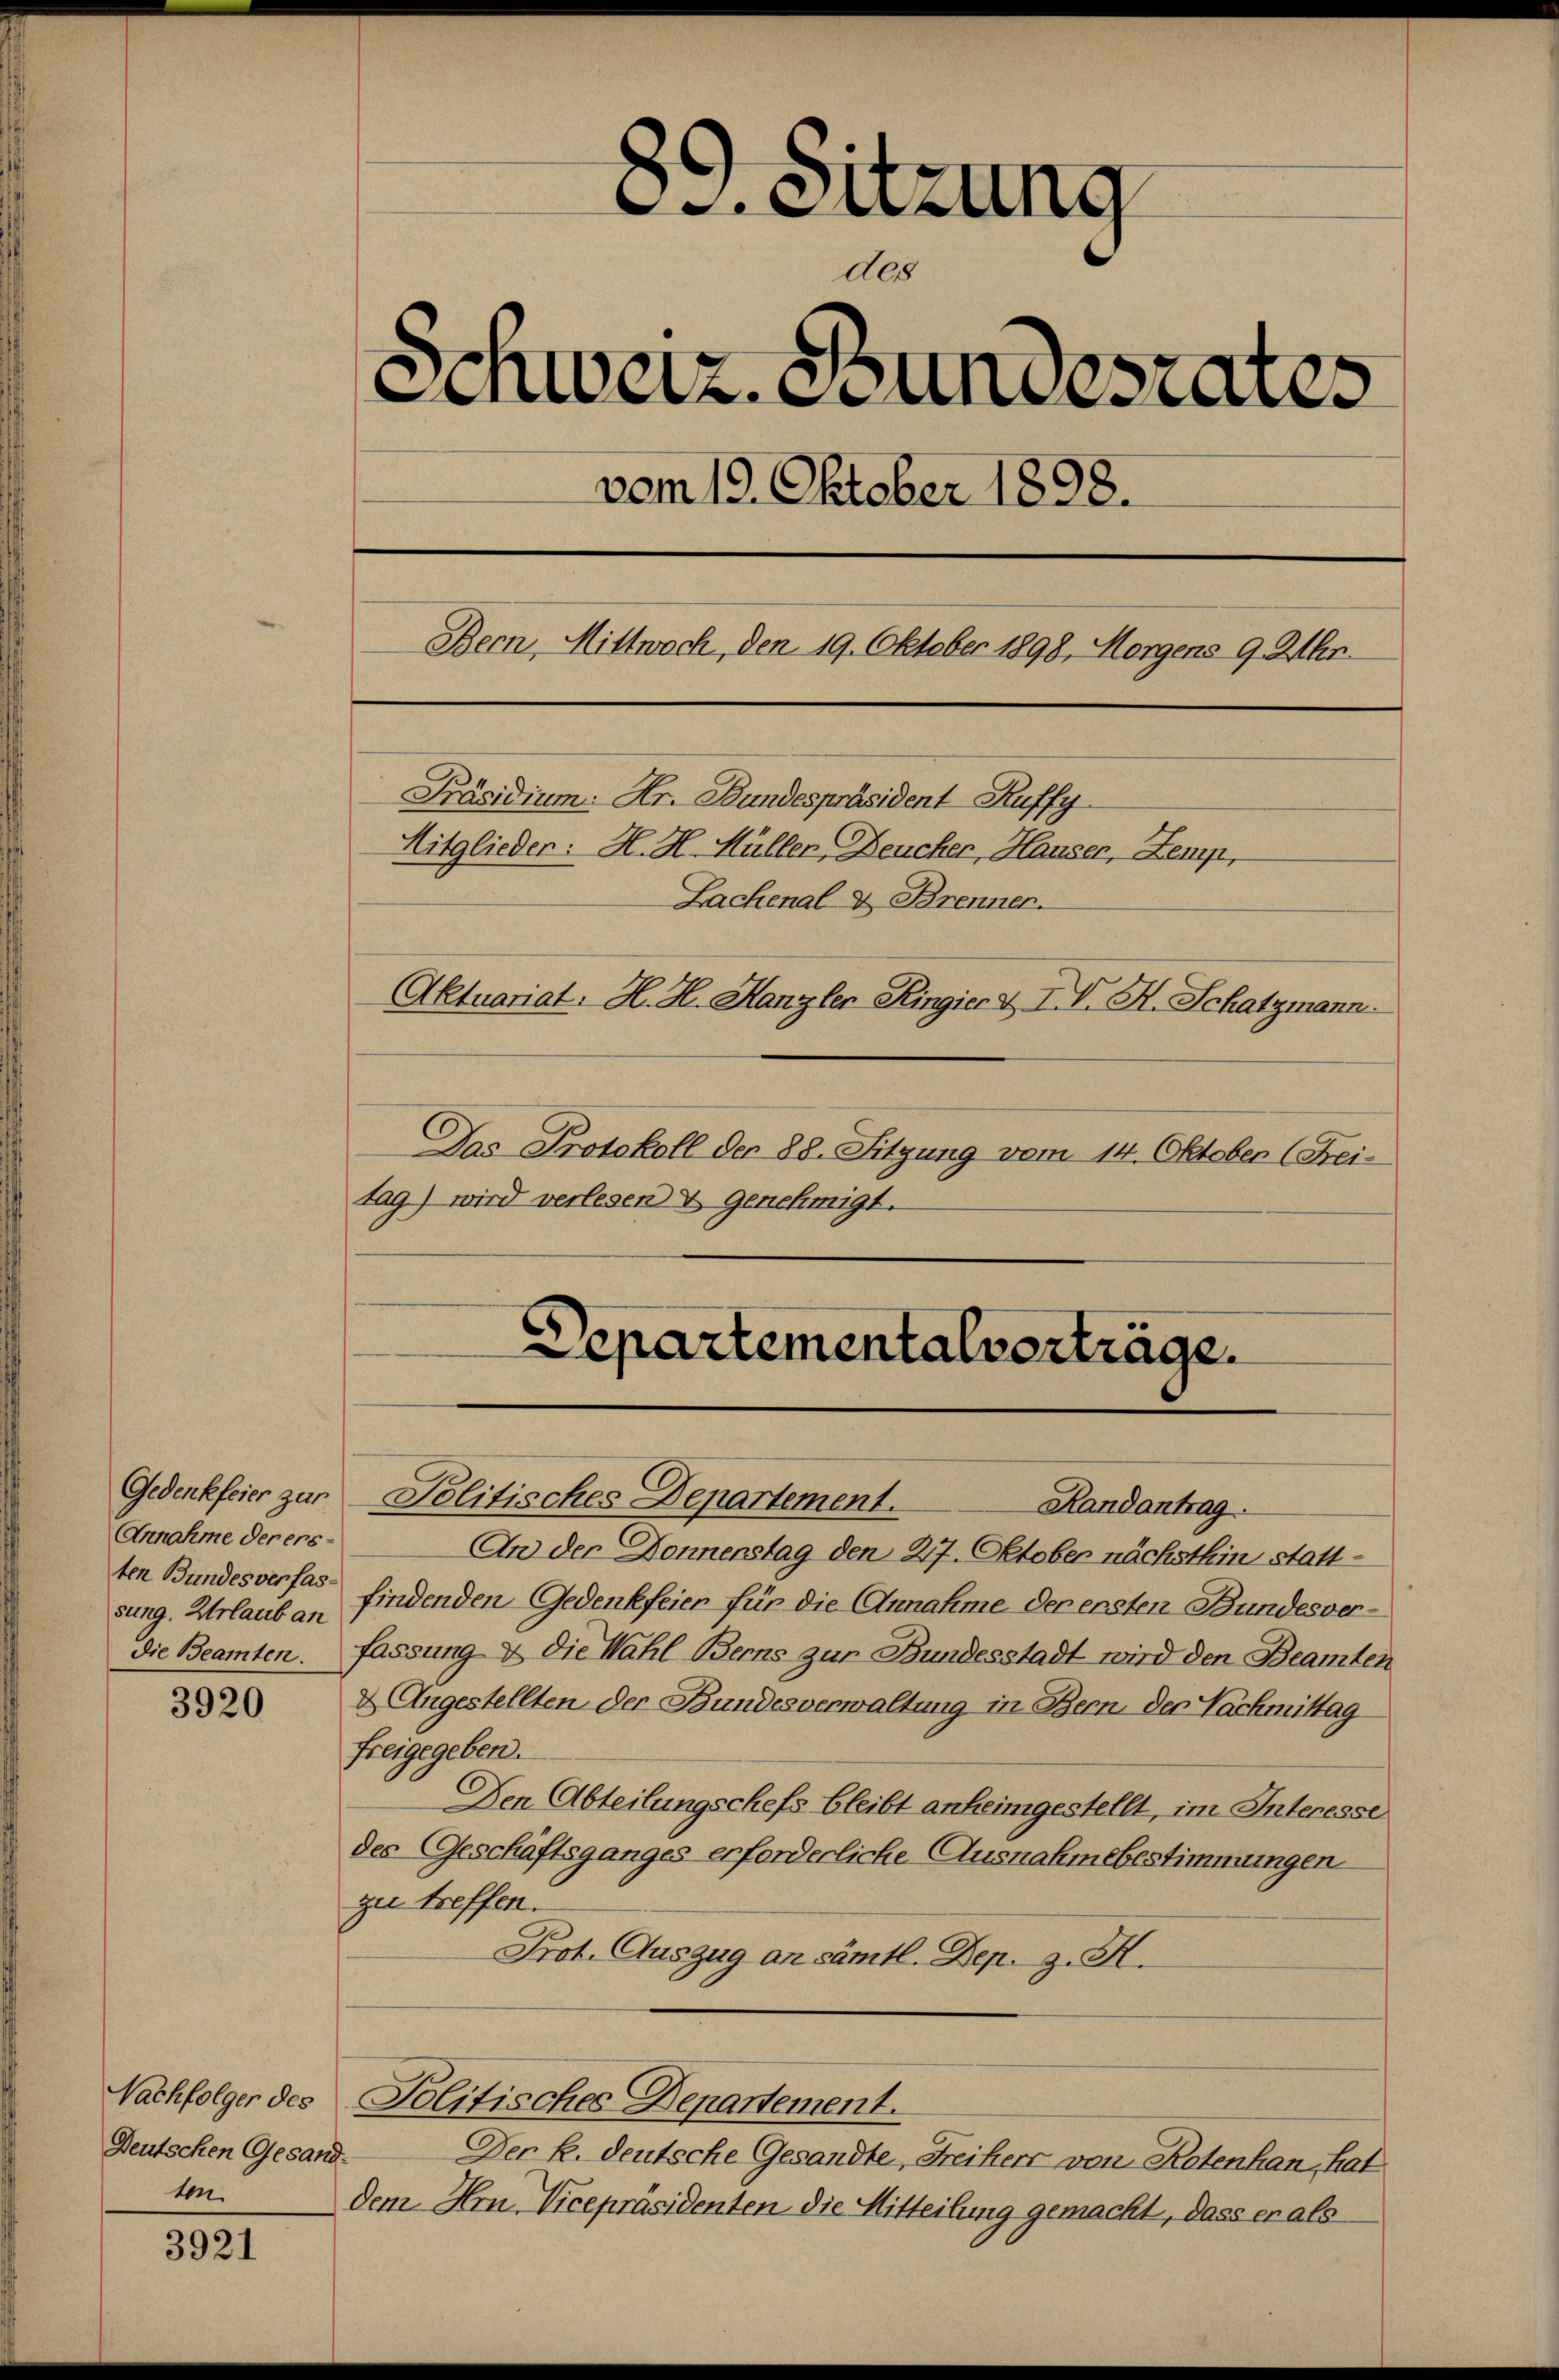
Annahme der erssung. Urlaub an
die Beamten.

3920

Nachfolger des
Deutschen Gesandten.

3921

C. Sitzung
des
Schweiz. Stundesrates
vom 19. Oktober 1898.
Bern, Mittwoch, den 19. Oktober 1898, Morgens 9. Mar.
Präsidium. Hr. Bundespräsident Kuffy
Mitglieder: H. H. Müller Deucher, Hauser, Zemp,
Lachenal- & Brenner.
Aktuariat. H. H. Hanzler Ringier & IV. H. Schatzmann
Das Protokoll der 88. Sitzung vom 14. Oktober (Freitag) wird verlesen & genehmigt.

Departementalverträge.

Gedenkfeier zur Politisches Departement.
An der Donnenstag den 27. Oktober nächsthin stattten Bundesverfas findenden Gedenkfeier für die Annahme der ersten Bundesverfassung & die Wahl Berns zur Bundesstadt wird den Beamten
& Angestellten der Bundesverwaltung in Bern, der Nachmittag
freigegeben.
Den Abteilungschefs bleibt anheimgestellt, im Interesse
der (Geschäftsganges erforderliche Ausnahmebestimmungen
zu treffen.
Prot. Auszug an sämtl. Dep. Z. M.
Politisches Departement.
Der k. deutsche Gesandte, Freiherr von Rotenhan hat
dem Hrn. Vicepräsidenten die Mitteilung gemacht, dass er als

Randantrag